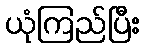
ယုံကြည်ပြီး